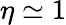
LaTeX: \eta\simeq 1